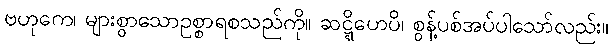
ဗဟုကေ၊ များစွာသောဥစ္စာရစသည်ကို။ ဆဋ္ဋိဟေပိ၊ စွန့်ပစ်အပ်ပါသော်လည်း။